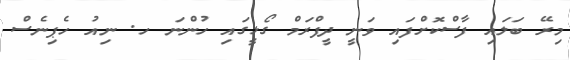
މިރޭ ބަލައި ފާސްކޮށްފައި ވަނީ ދީފްރަމް ގޯޅީގައި ހުންނަ ހ. ނިއު ހެޕިނެސް